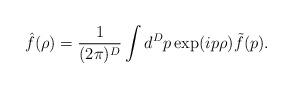
LaTeX: \begin{align*}{\hat f}(\rho)=\frac{1}{(2\pi)^D}\int d^Dp\exp(ip\rho){\tilde f}(p).\end{align*}